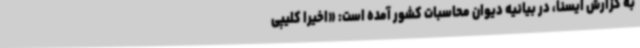
به گزارش ایسنا، در بیانیه دیوان محاسبات کشور آمده است: «اخیراً کلیپی